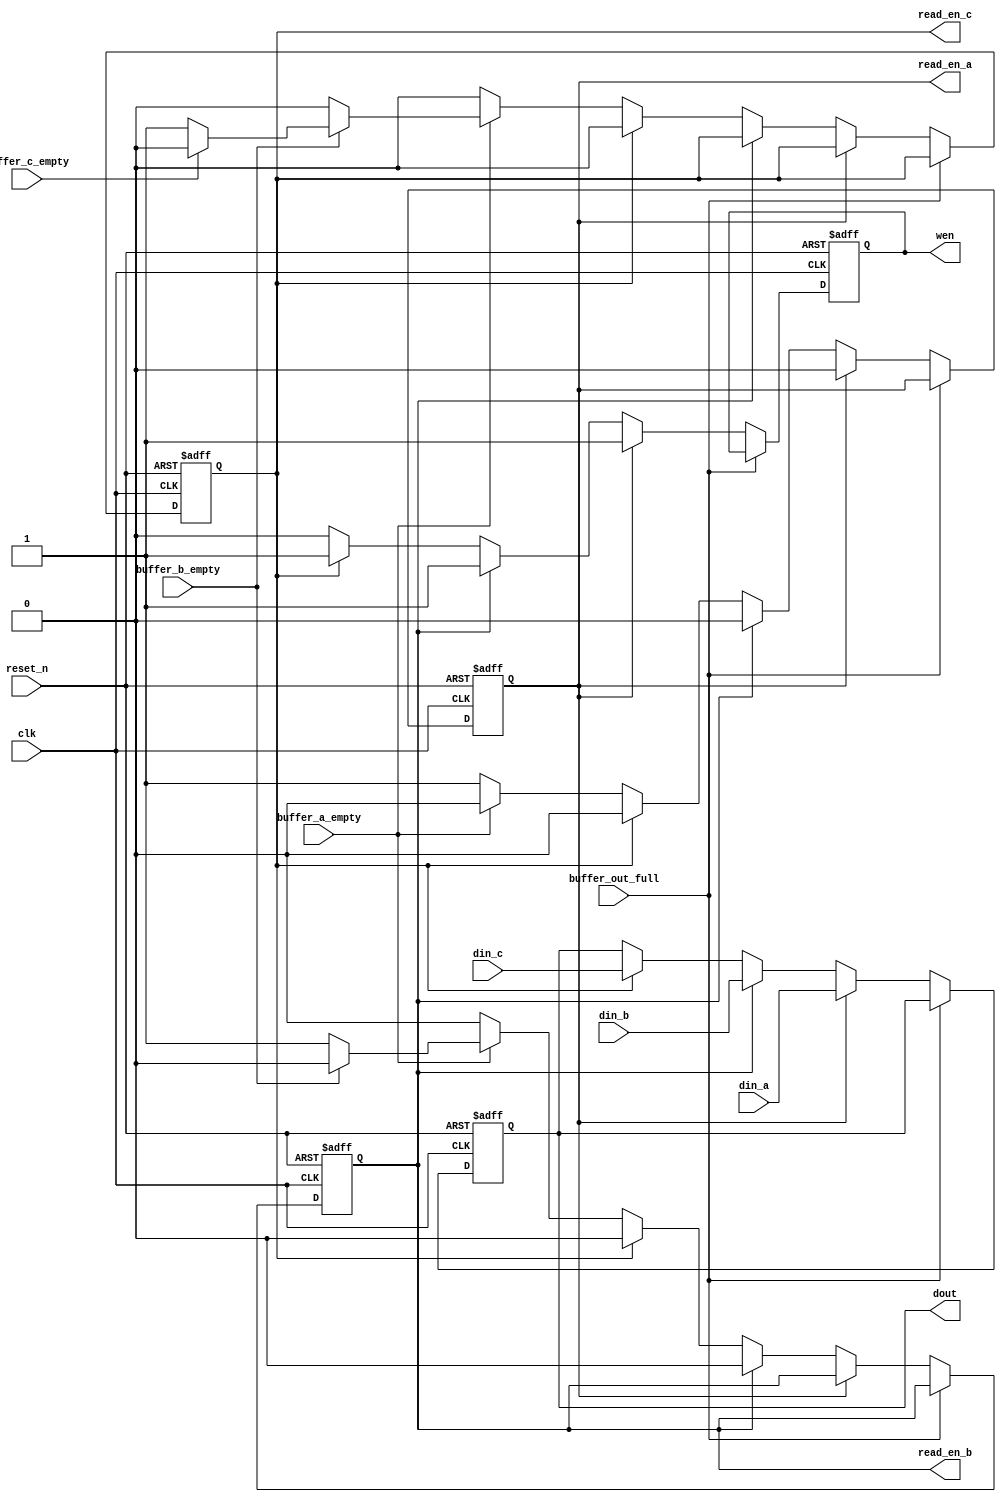

//////////////////////////////////////////////////////////////////////////////////
// Merge3.v
//
// A three input "non-deterministic" merge.
// Arbitrates reads between three buffers.
// Port a is given priority over port b, port b is given priority over port c.
//////////////////////////////////////////////////////////////////////////////////


module Merge3#(
    parameter DATA_WIDTH = 32
)(
    input clk,
    input reset_n,
    input [DATA_WIDTH-1:0] din_a,
    input buffer_a_empty,
    input [DATA_WIDTH-1:0] din_b,
    input buffer_b_empty,
    input [DATA_WIDTH-1:0] din_c,
    input buffer_c_empty,
    input buffer_out_full,
    output reg read_en_a,
    output reg read_en_b,
    output reg read_en_c,
    output reg [DATA_WIDTH-1:0] dout,
    output reg wen
    );
    
    
    always@(negedge clk, negedge reset_n) begin
        if (~reset_n) begin
            read_en_a <= 0;
            read_en_b <= 0;
            read_en_c <= 0;
            dout <= 0;
            wen <= 0;
        end
        else if (!buffer_out_full) begin
            if (read_en_a) begin
                wen <= 1;
                dout <= din_a;
                read_en_a <= 0;
            end
            else if (read_en_b) begin
                wen <= 1;
                dout <= din_b;
                read_en_b <= 0;
            end
            else if (read_en_c) begin
                wen <= 1;
                dout <= din_c;
                read_en_c <= 0;
            end
            else begin
                wen <= 0;
                if (!buffer_a_empty) begin
                    read_en_a <= 1;
                end
                else if (!buffer_b_empty) begin
                    read_en_b <= 1;
                end
                else if (!buffer_c_empty) begin
                    read_en_c <= 1;
                end
            end
        end
    end
   
endmodule